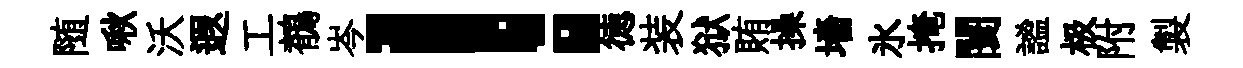
随啾沃遐工鶺岑！徳装狱賄操墻氷掩闤謐极附製